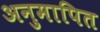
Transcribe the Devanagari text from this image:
अनुमापित